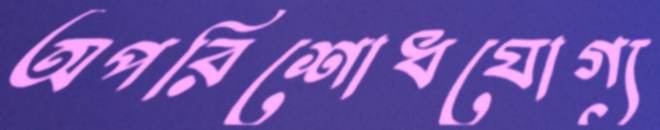
অপরিশোধযোগ্য